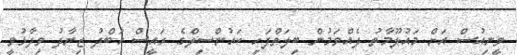
ވީނިއުސް އަށް މައުލޫމާތު ދެއްވަމުން ބިލަތްފަހި ކައުންސިލްގެ ރައީސް އަބްދު ޒިޔާދު ވިދާޅުވީ